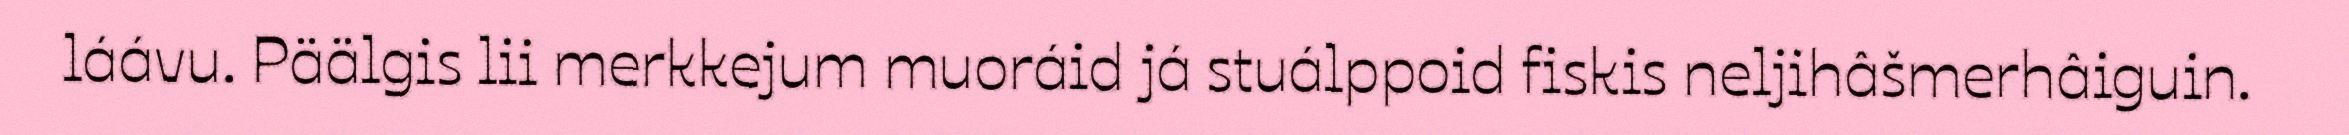
láávu. Päälgis lii merkkejum muoráid já stuálppoid fiskis neljihâšmerhâiguin.